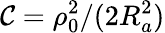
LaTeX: {\cal{C}}=\rho_{0}^{2}/(2R_{a}^{2})